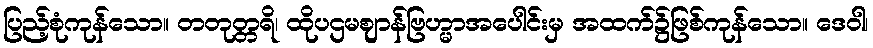
ပြည့်စုံကုန်သော။ တတုတ္တရိ၊ ထိုပဌမဈာန်ဗြဟ္မာအပေါင်းမှ အထက်၌ဖြစ်ကုန်သော။ ဒေဝါ၊